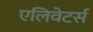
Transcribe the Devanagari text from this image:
एलिवेटर्स